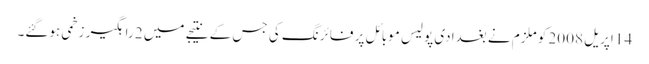
14 اپریل 2008 کو ملزم نے بغدادی پولیس موبائل پر فائرنگ کی جس کے نتیجے میں 2 راہگیر زخمی ہوگئے۔